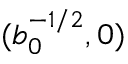
( b _ { 0 } ^ { - 1 / 2 } , 0 )